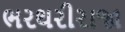
ભરથરીરાજા